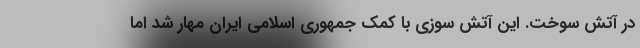
در آتش سوخت. این آتش سوزی با کمک جمهوری اسلامی ایران مهار شد اما